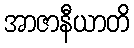
အာဇာနီယာတိ